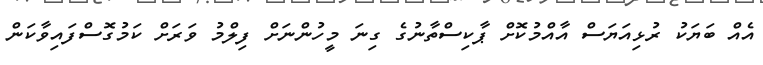
އެއް ބަޔަކު ރުޅިއަޔަސް އާއްމުކޮށް ޕާކިސްތާނުގެ ގިނަ މީހުންނަށް ފިލްމު ވަރަށް ކަމުގޮސްފައިވާކަން